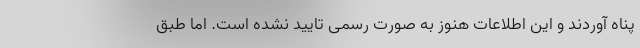
پناه آوردند و این اطلاعات هنوز به صورت رسمی تایید نشده است. اما طبق